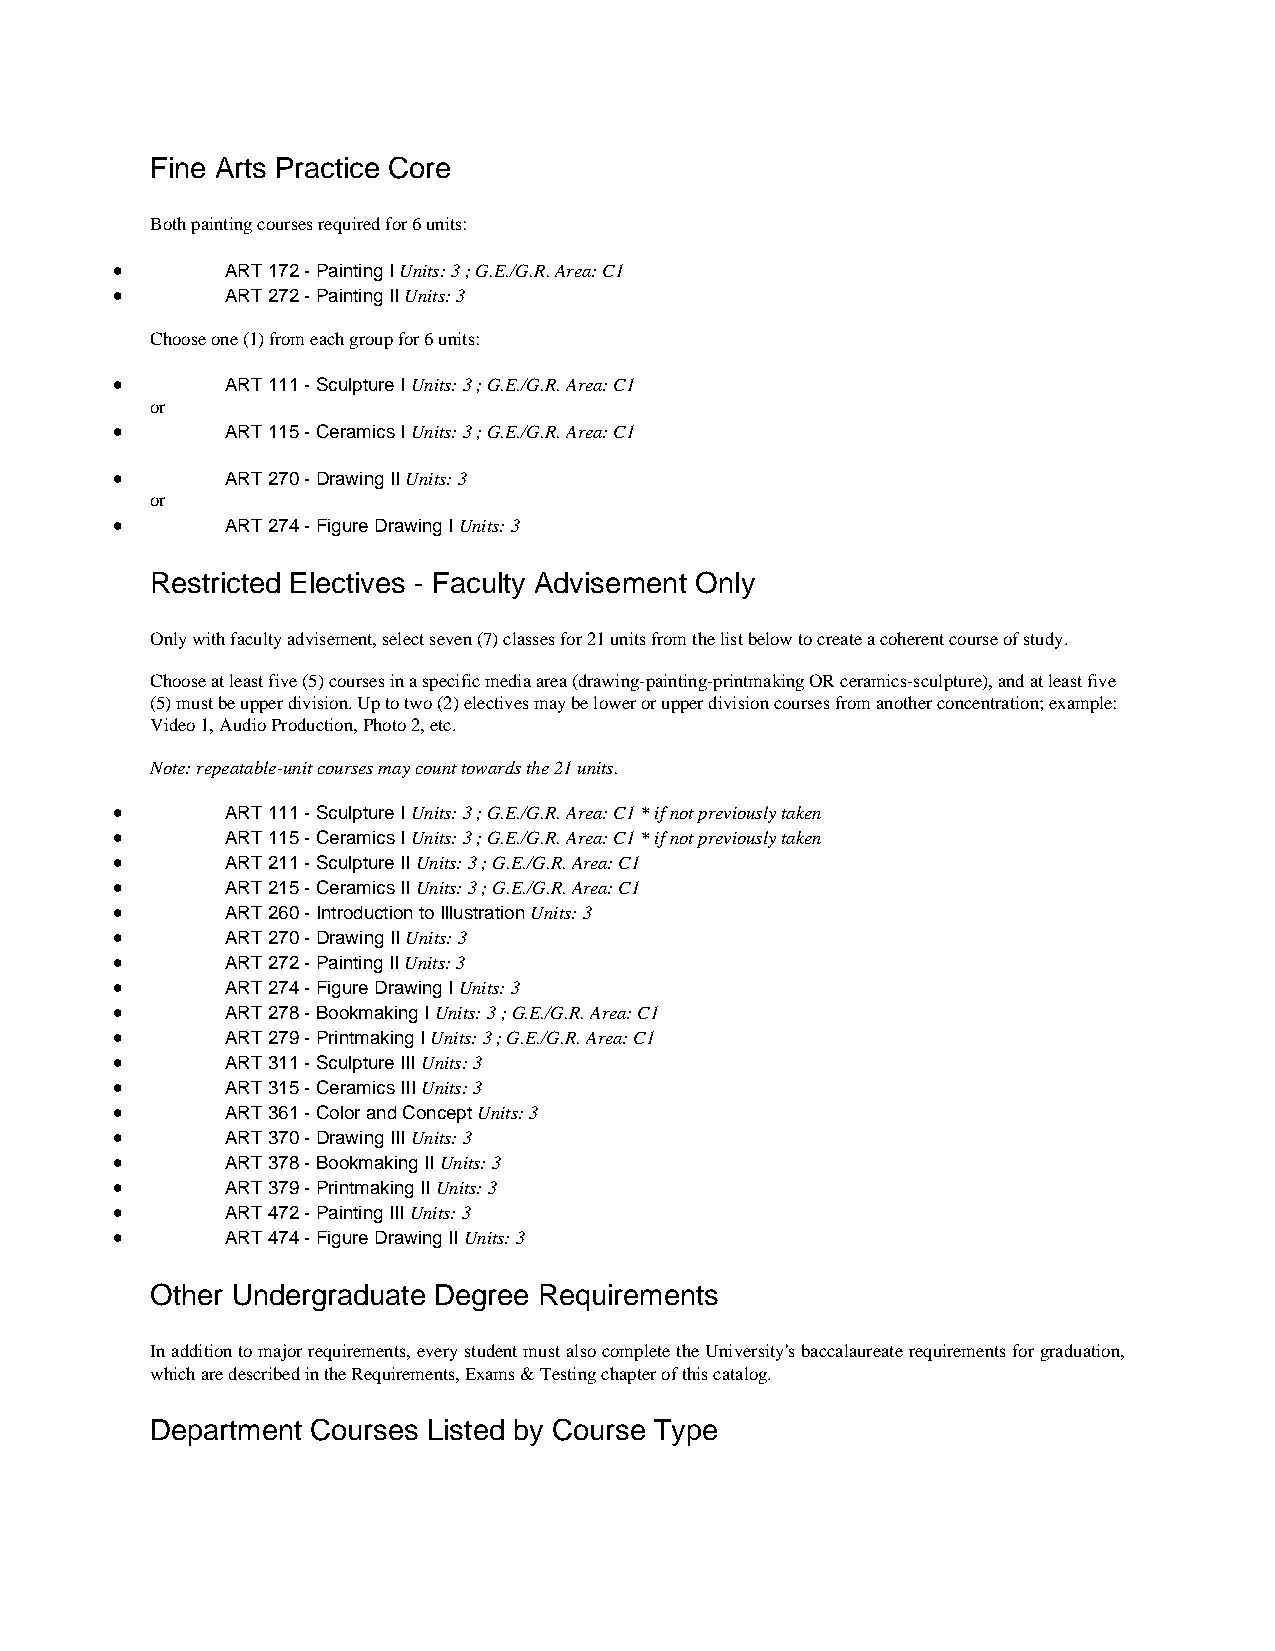
Fine Arts Practice Core
 Both painting courses required for 6 units:
 •       ART 172 - Painting I Units: 3 ; G.E./G.R. Area: C1
 •       ART 272 - Painting II Units: 3
 Choose one (1) from each group for 6 units:
 •       ART 111 - Sculpture I Units: 3 ; G.E./G.R. Area: C1
 or
 •       ART 115 - Ceramics I Units: 3 ; G.E./G.R. Area: C1
 •       ART 270 - Drawing II Units: 3
 or
 •       ART 274 - Figure Drawing I Units: 3
 Restricted Electives - Faculty Advisement Only
 Only with faculty advisement, select seven (7) classes for 21 units from the list below to create a coherent course of study.
 Choose at least five (5) courses in a specific media area (drawing-painting-printmaking OR ceramics-sculpture), and at least five
 (5) must be upper division. Up to two (2) electives may be lower or upper division courses from another concentration; example:
 Video 1, Audio Production, Photo 2, etc.
 Note: repeatable-unit courses may count towards the 21 units.
 •       ART 111 - Sculpture I Units: 3 ; G.E./G.R. Area: C1 * if not previously taken
 •       ART 115 - Ceramics I Units: 3 ; G.E./G.R. Area: C1 * if not previously taken
 •       ART 211 - Sculpture II Units: 3 ; G.E./G.R. Area: C1
 •       ART 215 - Ceramics II Units: 3 ; G.E./G.R. Area: C1
 •       ART 260 - Introduction to Illustration Units: 3
 •       ART 270 - Drawing II Units: 3
 •       ART 272 - Painting II Units: 3
 •       ART 274 - Figure Drawing I Units: 3
 •       ART 278 - Bookmaking I Units: 3 ; G.E./G.R. Area: C1
 •       ART 279 - Printmaking I Units: 3 ; G.E./G.R. Area: C1
 •       ART 311 - Sculpture III Units: 3
 •       ART 315 - Ceramics III Units: 3
 •       ART 361 - Color and Concept Units: 3
 •       ART 370 - Drawing III Units: 3
 •       ART 378 - Bookmaking II Units: 3
 •       ART 379 - Printmaking II Units: 3
 •       ART 472 - Painting III Units: 3
 •       ART 474 - Figure Drawing II Units: 3
 Other Undergraduate Degree Requirements
 In addition to major requirements, every student must also complete the University's baccalaureate requirements for graduation,
 which are described in the Requirements, Exams & Testing chapter of this catalog.
 Department Courses Listed by Course Type